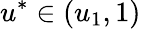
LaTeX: u^{*}\in(u_{1},1)